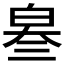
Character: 𤽫